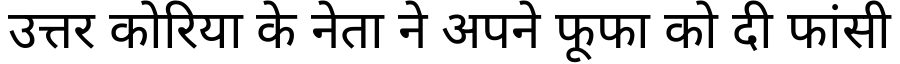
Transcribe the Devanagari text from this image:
उत्तर कोरिया के नेता ने अपने फूफा को दी फांसी